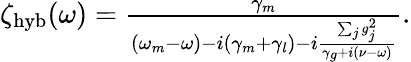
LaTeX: \begin{array}{r}{\zeta_{\mathrm{hyb}}(\omega)=\frac{\gamma_{m}}{(\omega_{m}-\omega)-i(\gamma_{m}+\gamma_{l})-i\frac{\sum_{j}g_{j}^{2}}{\gamma_{g}+i(\nu-\omega)}}.}\end{array}